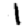
Digit: 1